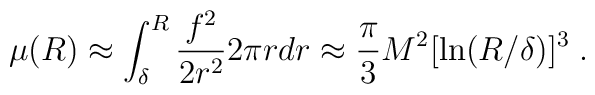
\mu (R) \approx \int_\delta^R {f^2 \over 2r^2}2\pi rdr	\approx {\pi \over 3} M^2[\ln(R/\delta)]^3\;.